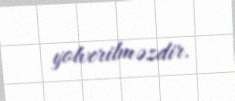
yolverilməzdir.